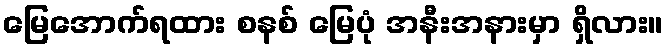
မြေအောက်ရထား စနစ် မြေပုံ အနီးအနားမှာ ရှိလား။